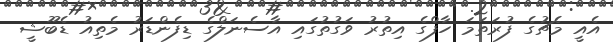
އެއީ މެޗުގެ ފުރަތަމަ ހާފްގެ އިތުރު ވަގުތުގައި އާސެނަލްގެ ޑިފެންޑަރު މެތިއު ޑެބޫޝީ